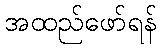
အထည်ဖော်ရန်